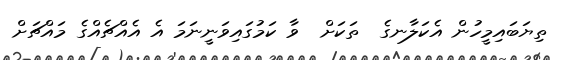
ތިޔަބައިމީހުން އެކަލާނގެ  ތަކަށް  ވާ ކަމުގައިވަނީނަމަ އެ އެއްޗެއްގެ މައްޗަށް